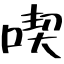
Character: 喫